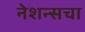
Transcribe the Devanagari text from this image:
नेशन्सचा